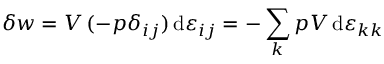
\delta w = V \, ( - p \delta _ { i j } ) \, \mathrm { d } \varepsilon _ { i j } = - \sum _ { k } p V \, \mathrm { d } \varepsilon _ { k k }